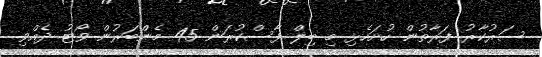
ސަރުކާރު ފަރާތުން ހުށަހެޅި މި ބިލް ފާސްކުރަން 45 މެންބަރުން ވޯޓު ދެއްވި